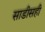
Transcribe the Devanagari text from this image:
साडीसही